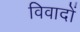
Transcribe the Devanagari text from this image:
विवादों